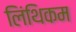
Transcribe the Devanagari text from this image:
लिंथिकम